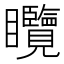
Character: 𥍖